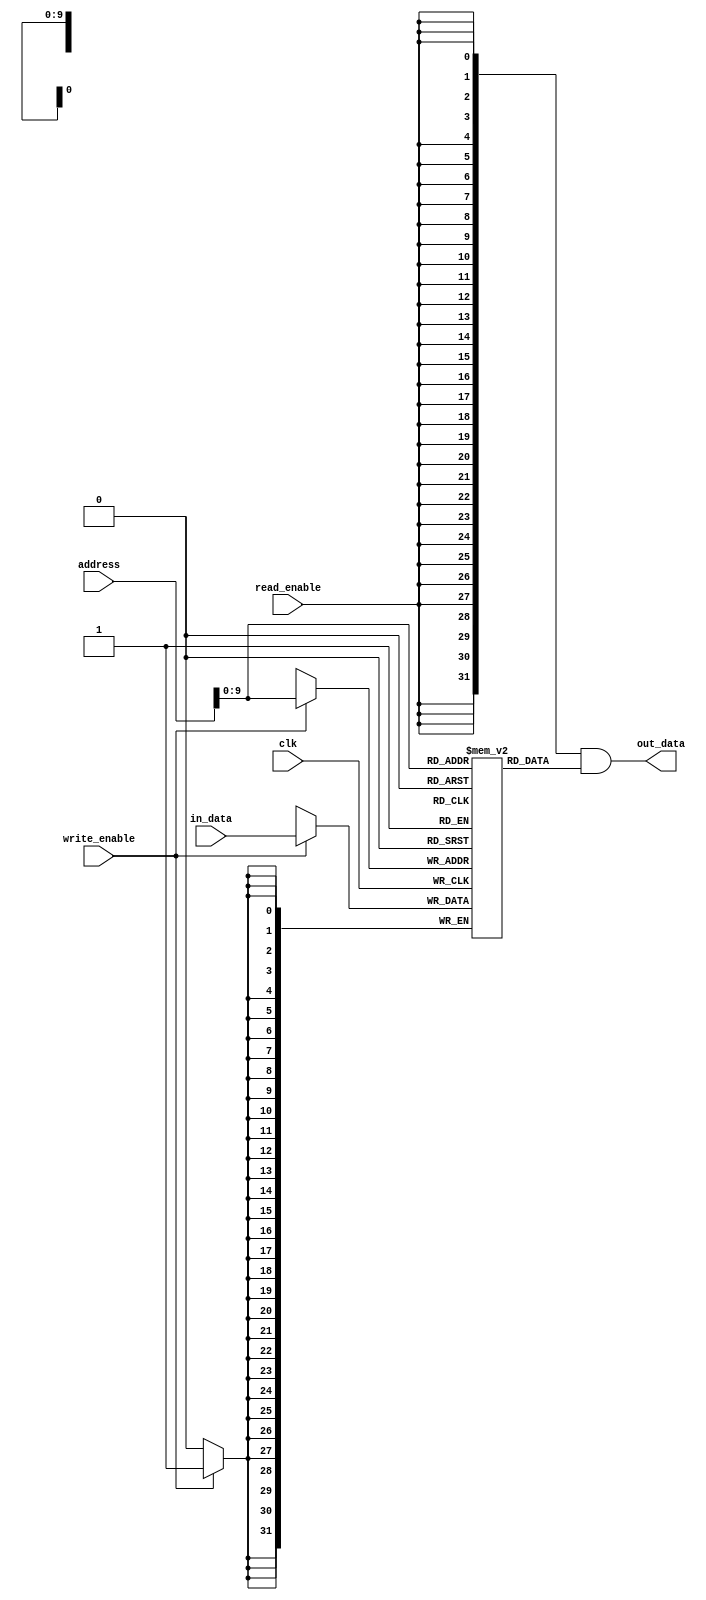
module data_memory 
#( 
  parameter DATA_WIDTH=32,
  parameter MEMORY_DEPTH = 1024
)
(
  input  clk,
  input  read_enable,
  input  write_enable,
  input  [DATA_WIDTH-1:0] in_data,
  input  [DATA_WIDTH-1:0] address,
  output [DATA_WIDTH-1:0] out_data
);
  
  reg  [DATA_WIDTH-1:0] ram[MEMORY_DEPTH-1:0];
  wire [DATA_WIDTH-1:0] aux_out_data;
  
  always @ (posedge clk)
  begin
    if (write_enable)
      ram[address] <= in_data;
  end
  assign aux_out_data = ram[address];
  assign out_data = { DATA_WIDTH{read_enable} } & aux_out_data;

endmodule